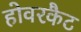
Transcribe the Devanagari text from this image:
होवरकैट